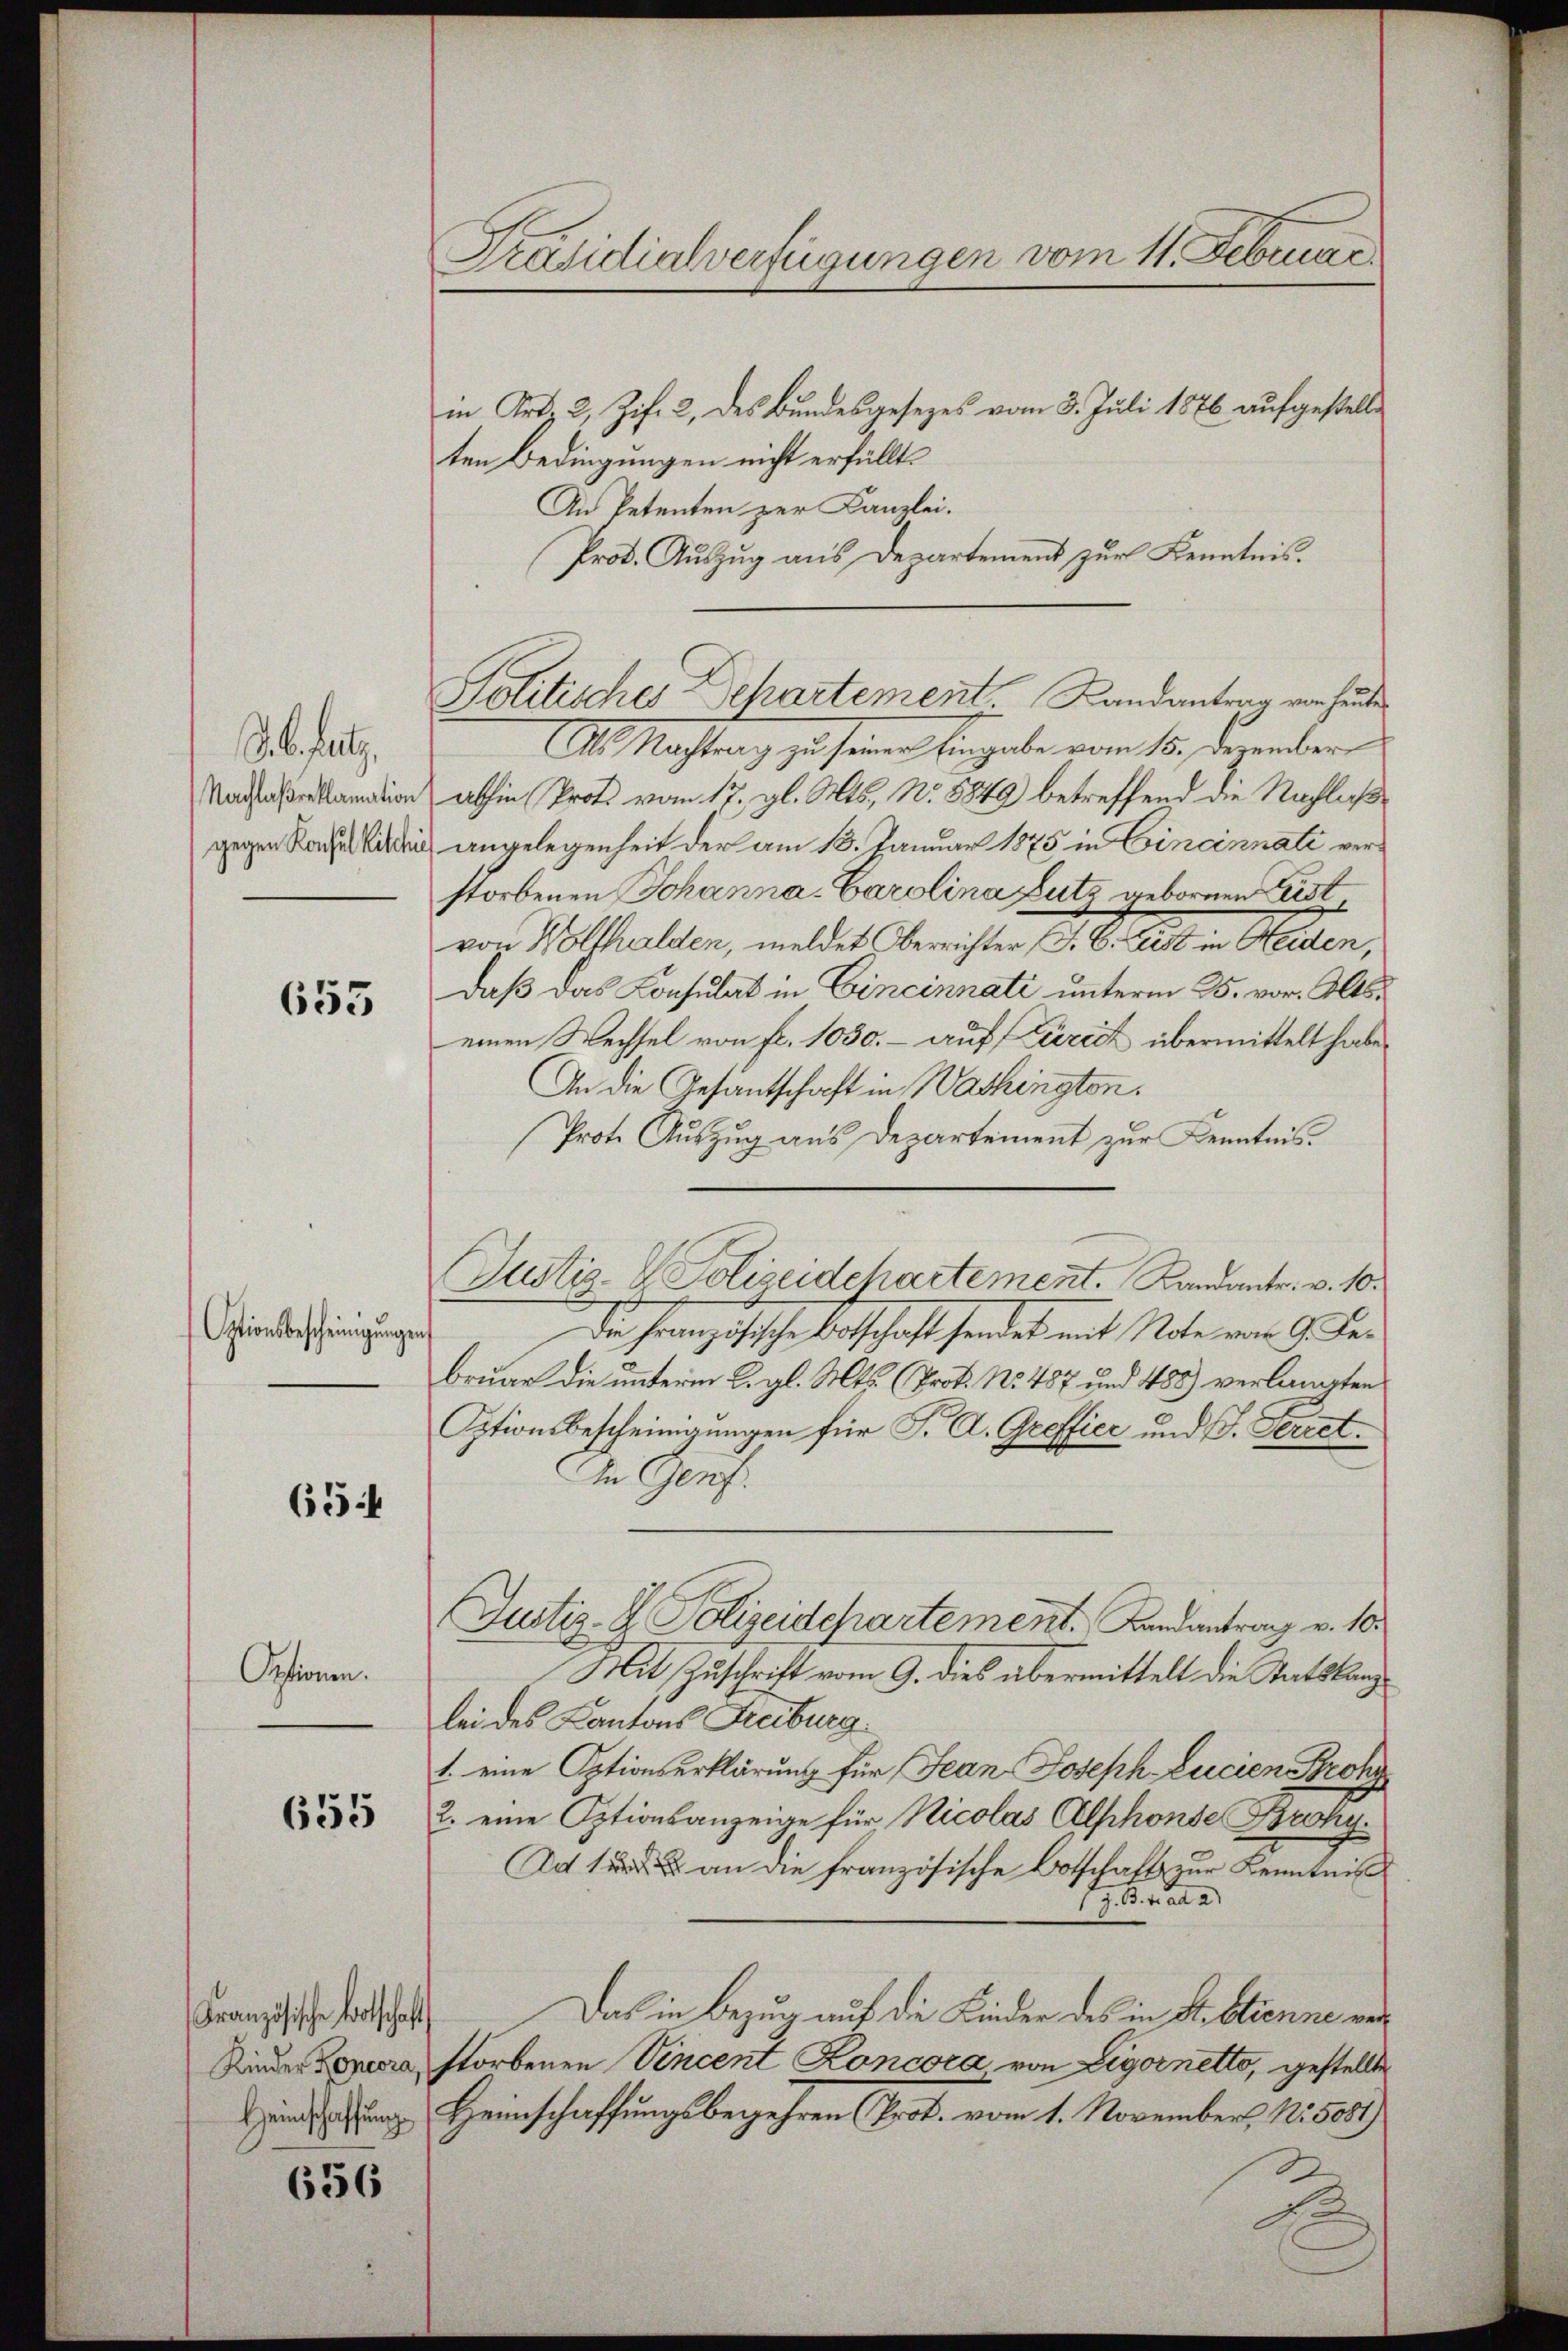
d. 6. heut
Nachlaß reklamation
gegen Konsul Ritchie

653

Optionsbescheinigŭngen

65

Optionen.

655

Französische Botschaft

656

Präsidialverfügungen vom 11. Februar

Politisches Departement Landantrag von heute

in Art. 2, Zif. 2, des Bundesgesetzes vom 3. Juli 1876 aufgestelle
ten Bedingungen nicht erfüllt.
An Petenten zur Kanzlei.
Prok. Auszug aus Departement zur Kenntnis.

Justiz- & Polizeidchartement. Kandanter. v. 10.

A. Nachtung zu seine Eingabe vom 15. derender
abhin (Prot. vom 17. gl. Mts., N. 5849 betreffend die Nachlaße
angelegenheit der am 13. Januar 1875 in Cincinnati verstorbenen Johanna-Carolina Lutz geborenen Leist
von Wolfelder, meldet Berichten (s. Si les in Seiten,
Daß das Konsulat in Cincinnati unterm 25. vor. Altseinen Wechsel von fr. 1030. - auf Zürich übermittelt habe.
An die Gesantschaft in Washington.
Prote Auszug aus Departement zur Kenntnis¬
Die heranzösische Entschaft sendet mit Note von Guber
bruar die unterm 2. gl. Mts. (Prok. No. 487 und 485) verlangten
Optionsbescheinigungen für J. A. Greffice und J. Feriet.
In Genf.
Justiz- & Polizeidepartement. Landantrag v. 10.
Mit Zuschrift vom 9. dies übermittelt die Staatskanzbei des Kantons Freiburg
1. eine Optionserklärung für Jean Joseph Lucien Strohg
2. eine Optionsanzeige für Nicolas Alphonse Broky¬
Ad 1. an die französische Botschaft zur Kenntniß
1 z. B. fr. ad a
Das in Bezug auf die Kinder des in St. Etienne ver¬
Kinder Copera, storbenen Vincent Roncora von Ligor netto, gestellte
indung Heimschaffungsbegehren Prof. vom 1. November 1855081)

d